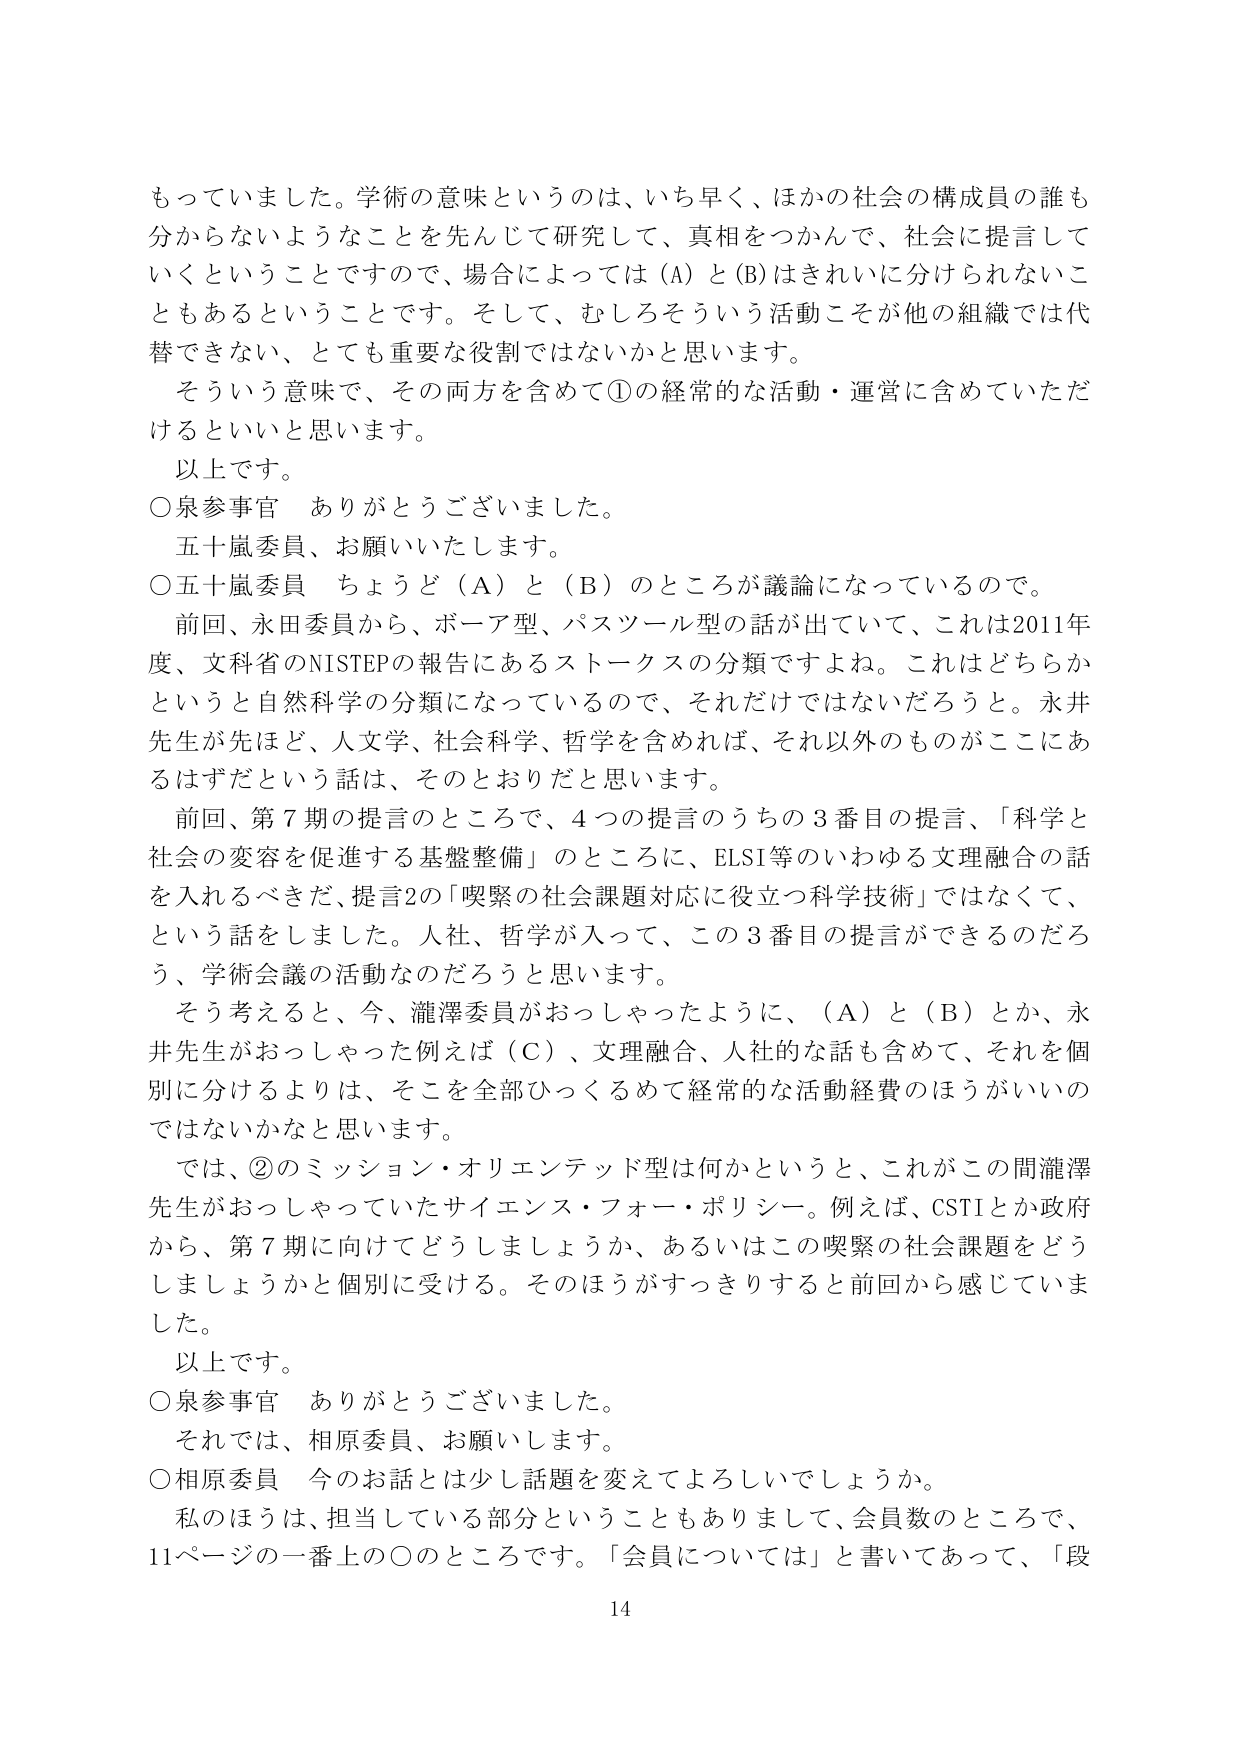
もっていました。学術の意味というのは、いち早く、ほかの社会の構成員の誰も分からないうようなことを先んじて研究して、真相をつかんで、社会に提言していくということですので、場合によっては（A）と（B）はきれいに分けられないこともあるということです。そして、むしろそういう活動こそが他の組織では代替できない、とても重要な役割ではないかと思います。

そういう意味で、その両方を含めて①の経常的な活動・運営に含めていただけるといいと思います。

以上です。

○泉参事官　ありがとうございました。

五十嵐委員、お願いいたします。

○五十嵐委員　ちょうど（A）と（B）のところが議論になっているので。

前回、永田委員から、ボーア型、パスツール型の話が出ていて、これは2011年度、文科省のNISTEPの報告にあるストークスの分類ですよね。これはどちらかというと自然科学の分類になっているので、それだけではないだろうと。永井先生が先ほど、人文学、社会科学、哲学を含めれば、それ以外のものがここにあるはずだという話は、そのとおりだと思います。

前回、第7期の提言のところで、4つの提言のうちの3番目の提言、「科学と社会の変容を促進する基盤整備」のところに、ELSI等のいわゆる文理融合の話を入れるべきだ、提言2の「喫緊の社会課題対応に役立つ科学技術」ではなくて、という話をしました。人社、哲学が入って、この3番目の提言ができるのだろう、学術会議の活動なのだろうと思います。

そう考えると、今、瀧澤委員がおっしゃったように、（A）と（B）とか、永井先生がおっしゃった例えば（C）、文理融合、人社的な話も含めて、それを個別に分けるよりは、そこを全部ひっくるめて経常的な活動経費のほうがいいのではないかと思います。

では、②のミッション・オリエンテッド型は何かというと、これがこの間瀧澤先生がおっしゃっていたサイエンス・フォー・ポリシー。例えば、CSTIとか政府から、第7期に向けてどうしましょうか、あるいはこの喫緊の社会課題をどうしましょうかと個別に受ける。そのほうがすっきりすると前回から感じていました。

以上です。

○泉参事官　ありがとうございました。

それでは、相原委員、お願いします。

○相原委員　今のお話とは少し話題を変えてよろしいでしょうか。

私のほうは、担当している部分ということもありまして、会員数のところで、11ページの一番上の○のところです。「会員については」と書いてあって、「段

14